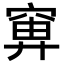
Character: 𬔍